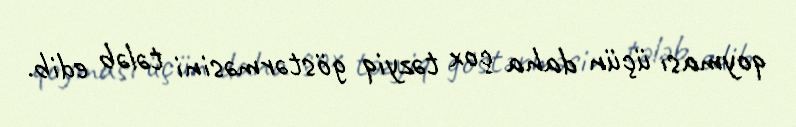
qoyması üçün daha çox təzyiq göstərməsini tələb edib.